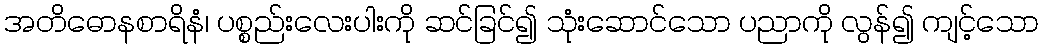
အတိဓောနစာရိနံ၊ ပစ္စည်းလေးပါးကို ဆင်ခြင်၍ သုံးဆောင်သော ပညာကို လွန်၍ ကျင့်သော